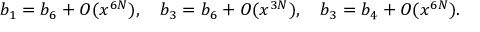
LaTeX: b _ { 1 } = b _ { 6 } + O ( x ^ { 6 N } ) , \quad b _ { 3 } = b _ { 6 } + O ( x ^ { 3 N } ) , \quad b _ { 3 } = b _ { 4 } + O ( x ^ { 6 N } ) .